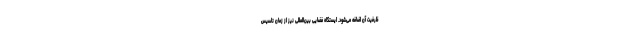
ظرفیت آن اضافه می‌شود. ایستگاه فضایی بین‌المللی نیز از زمان تاسیس